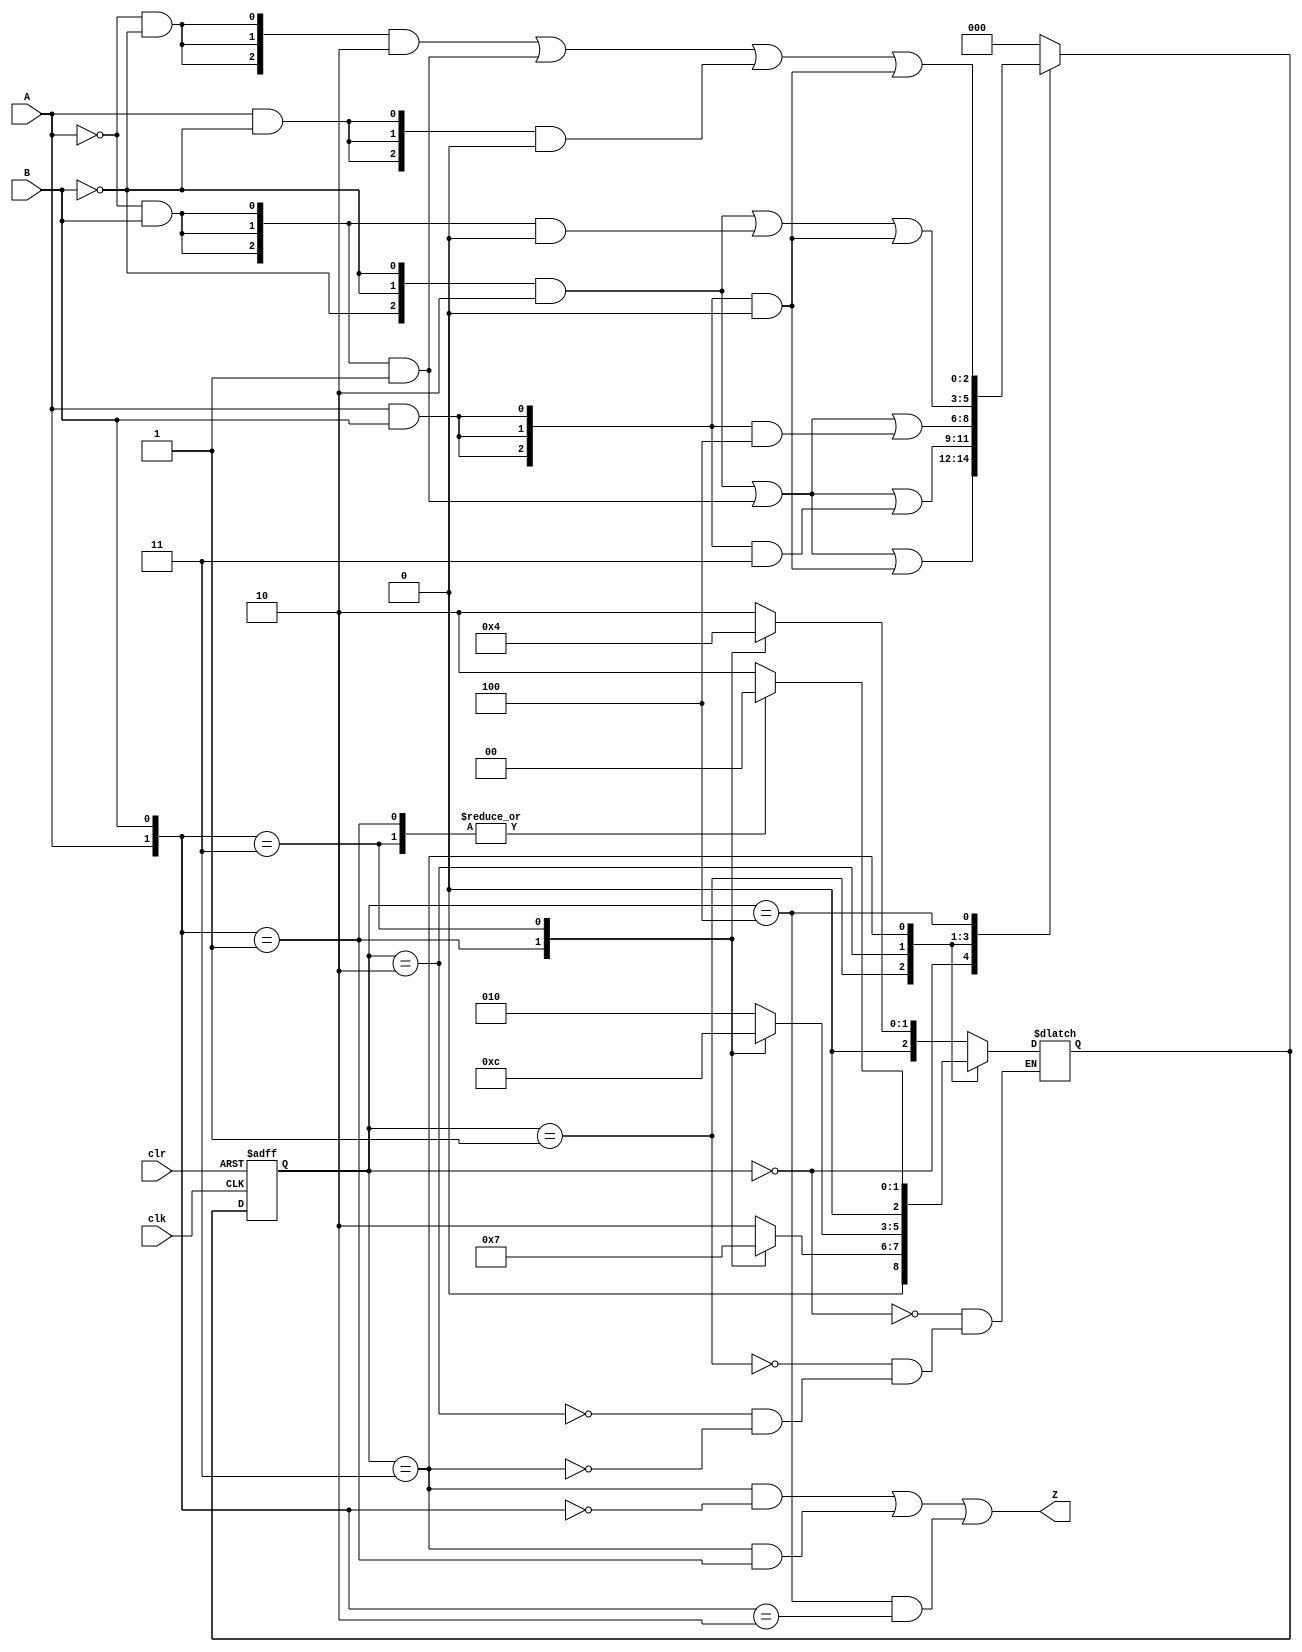
module seq_detect_01110 (
	input           clk         ,
	input           clr         ,//asynchronous low active reset
    input           A           ,//low  input, eg D0
    input           B           ,//high input, eg D1
	output reg      Z            //detect 01001
);
//can be 3'bxxx ?
parameter   IDLE        = 3'b000  ,
            S_01        = 3'b001  ,
            S_X0        = 3'b010  ,
            S_0111      = 3'b011  ,
            S_011       = 3'b100  ;
// parameter   IDLE        = 0  ,
//             S_01        = 1  ,
//             S_X0        = 2  ,
//             S_0111      = 3  ,
//             S_011       = 4  ;
/*
parameter   IDLE        = 3'd0  ,
            DETECT_01   = 3'd1  ,
            DETECT_X0   = 3'd2  ,
            DETECT_0111 = 3'd3  ,
            DETECT_011  = 3'd4  ;
*/
reg [2:0]   state_cur, 
            state_next;		// Make sure these are big enough to hold the state_cur encodings.

// Edge-triggered always block (DFFs) for state_cur flip-flops. Asynchronous reset.	
always @(posedge clk or negedge clr) begin
	if (~clr)   state_cur <= IDLE;
	else        state_cur <= state_next;
end

// Combinational always block for state_cur transition logic. Given the current state_cur and inputs,
// what should be state_next state_cur be?
// Combinational always block: Use blocking assignments.    
always@(*) begin
	case (state_cur)
		IDLE    : state_next =  { 3{     ~B} } &  S_X0    |
                                { 3{~A &  B} } &  S_01    |
                                { 3{ A &  B} } &  IDLE    ;
		S_01    : state_next =  { 3{     ~B} } &  S_X0    |
                                { 3{~A &  B} } &  S_01    |
                                { 3{ A &  B} } &  S_0111  ;
		S_X0    : state_next =  { 3{     ~B} } &  S_X0    |
                                { 3{~A &  B} } &  S_01    |
                                { 3{ A &  B} } &  S_011   ;
		S_0111  : state_next =  { 3{     ~B} } &  S_X0    |
                                { 3{~A &  B} } &  IDLE    |
                                { 3{ A &  B} } &  IDLE    ;
		S_011   : state_next =  { 3{~A & ~B} } &  S_X0    |
                                { 3{~A &  B} } &  S_01    |                                
                                { 3{ A & ~B} } &  IDLE    |                                
                                { 3{ A &  B} } &  IDLE    ;                            
		default : state_next =  IDLE ;
	endcase
end
/* The following code does not support x input for a in testbench, so it needs to be changed to the above code
always@(*) begin
	case (state_cur)
		IDLE    : state_next =  { 3{~A & ~B} } &  S_X0    |
                                { 3{~A &  B} } &  S_01    |
                                { 3{ A & ~B} } &  S_X0    |
                                { 3{ A &  B} } &  IDLE    ;
		S_01    : state_next =  { 3{~A & ~B} } &  S_X0    |
                                { 3{~A &  B} } &  S_01    |
                                { 3{ A & ~B} } &  S_X0    |
                                { 3{ A &  B} } &  S_0111  ;
		S_X0    : state_next =  { 3{~A & ~B} } &  S_X0    |
                                { 3{~A &  B} } &  S_01    |
                                { 3{ A & ~B} } &  S_X0    |
                                { 3{ A &  B} } &  S_011   ;
		S_0111  : state_next =  { 3{~A & ~B} } &  S_X0    |
                                { 3{~A &  B} } &  IDLE    |
                                { 3{ A & ~B} } &  S_X0    |
                                { 3{ A &  B} } &  IDLE    ;
		S_011   : state_next =  { 3{~A & ~B} } &  S_X0    |
                                { 3{~A &  B} } &  S_01    |                                
                                { 3{ A & ~B} } &  IDLE    |                                
                                { 3{ A &  B} } &  IDLE    ;                            
		default : state_next = 'x;
	endcase
end
*/
always@(*) begin
	case (state_cur)
		IDLE    :   case ({A,B})
                    2'b00: state_next = S_X0    ;
                    2'b01: state_next = S_01    ;  
                    2'b10: state_next = S_X0    ;  
                    2'b11: state_next = IDLE    ;
                    2'bx0: state_next = S_X0    ;//it can be delete , but use casex 
                    endcase
    
		S_01    :   case ({A,B})
                    2'b00: state_next = S_X0    ;                    
                    2'b01: state_next = S_01    ;
                    2'b10: state_next = S_X0    ;
                    2'b11: state_next = S_0111  ;
                    2'bx0: state_next = S_X0    ;//it can be delete , but use casex
                    endcase
        S_X0    :   case ({A,B})
                    2'b00: state_next = S_X0    ;
                    2'b01: state_next = S_01    ;
                    2'b10: state_next = S_X0    ;
                    2'b11: state_next = S_011   ;
                    2'bx0: state_next = S_X0    ;//it can be delete , but use casex 
                    endcase
        S_0111  :   case ({A,B})
                    2'b00: state_next = S_X0    ;
                    2'b01: state_next = IDLE    ;
                    2'b10: state_next = S_X0    ;
                    2'b11: state_next = IDLE    ;
                    2'bx0: state_next = S_X0    ;//it can be delete , but use casex 
                    endcase
        S_01    :   case ({A,B})
                    2'b00: state_next = S_X0    ;
                    2'b01: state_next = S_01    ;
                    2'b10: state_next = IDLE    ;
                    2'b11: state_next = IDLE    ;
                    endcase
    endcase
end
//The above code can be replaced with the following code
// sl == 2'b11 ? 4'b1000:
// sl == 2'b10 ? 4'b0100:
// sl == 2'b01 ? 4'b0010:
// 4'b0001;
// */

// Combinational output logic. In this problem, a procedural block (combinational always block) 
// is more convenient. Be careful not to create a latch.

always @(*) begin
    Z = state_cur == S_0111 && {A,B} == 2'b00 ||
        state_cur == S_0111 && {A,B} == 2'b01 ||
    //The above code can be replaced with the following code
    //  state_cur == S_0111 &&  A    == 1'b0  ||
        state_cur == S_011  && {A,B} == 2'b10 ;
end
//The above code can be replaced with the following code
// assign...
endmodule